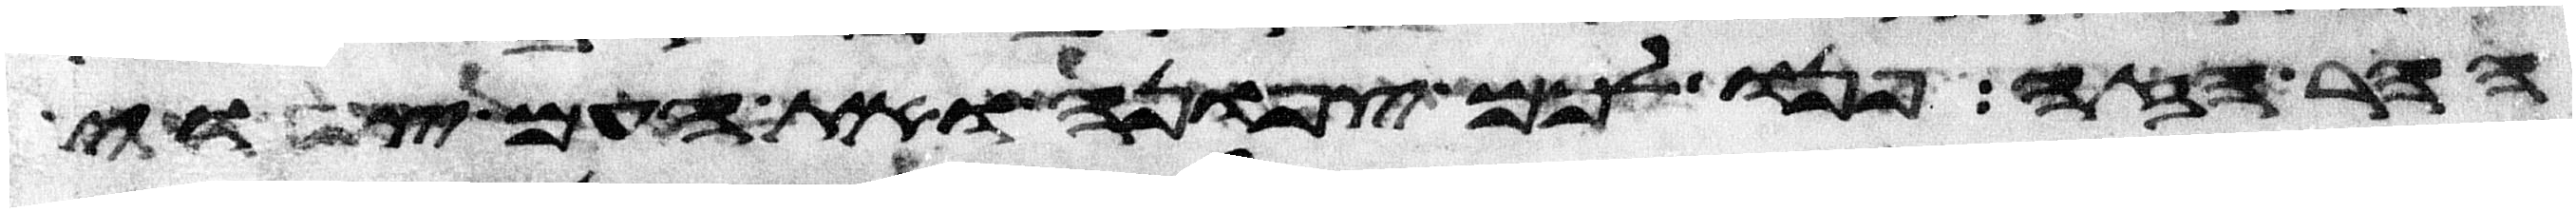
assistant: ההר הזה פנו לכם צפונה ואת העם צוי